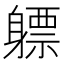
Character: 𬧯